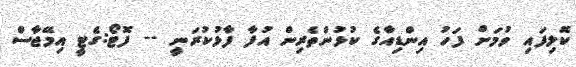
ކޮލިފައި ވުމަށް ފަހު އިންޑިއާގެ ކުޅުންތެރިން އުފާ ފާޅުކުރަނީ -- ފޮޓޯ:ގެޓީ އިމޭޖާސް